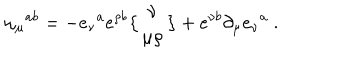
\omega _ { \mu } { } ^ { a b } = - e _ { \nu } { } ^ { a } e ^ { \rho b } \bigl \{ \begin{matrix} { { \nu } } \\ { { \mu \rho } } \\ \end{matrix} \bigr \} + e ^ { \nu b } \partial _ { \mu } e _ { \nu } { } ^ { a } \ .